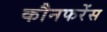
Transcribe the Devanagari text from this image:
कौनफरेंस